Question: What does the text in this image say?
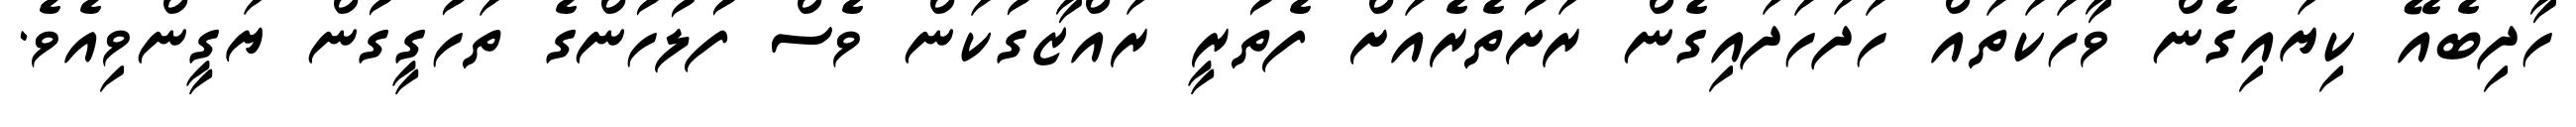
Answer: ހާދިބެއޭ ކިޔައިގެން ވާހަކަތައް ހަދަހަދައިގެން ރަށުތެރެއަށް ފެތުރީ ރައްޒާގުކަން ވެސް ފުލުހުންގެ ތަހުގީގުން ޔަގީންވިއެވެ.